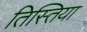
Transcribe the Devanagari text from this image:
तिस्तिया